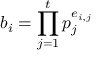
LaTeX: b _ { i } = \prod _ { j = 1 } ^ { t } p _ { j } ^ { e _ { i , j } }